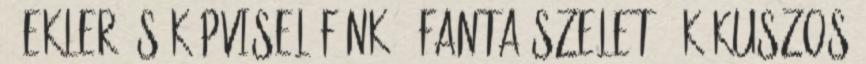
1 Ekler és képviselőfánk 1 Fanta szelet 1 Kókuszos